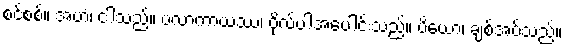
စင်စစ်။ အဟံ၊ ငါသည်။ ဗလာကာယဿ၊ ဗိုလ်ပါအပေါင်းသည်။ ပိယော၊ ချစ်အပ်သည်။